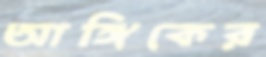
আঙ্গিকের